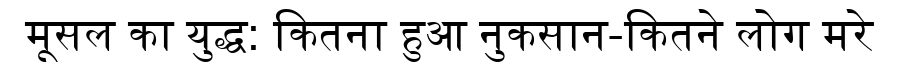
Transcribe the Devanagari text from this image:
मूसल का युद्ध: कितना हुआ नुकसान-कितने लोग मरे